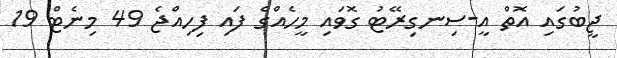
ޖީބުގައި އޮތް އީ-ސިނގިރޭޓު ގޮވައި މީހެއްގެ ފައި ފިހިއްޖެ 49 މިނެޓް 19